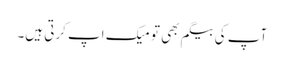
آپ کی بیگم بھی تو میک اپ کرتی ہیں۔